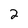
Character: 2